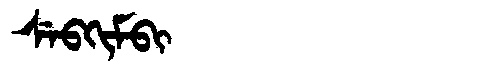
Manchu: ᠰᡝᠪᡴᡳᠮᠪᡳ
Romanization: SEBKIMBI